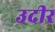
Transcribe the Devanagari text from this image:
उदीर